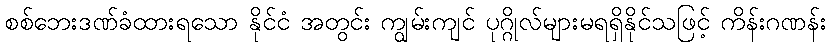
စစ်ဘေးဒဏ်ခံထားရသော နိုင်ငံ အတွင်း ကျွမ်းကျင် ပုဂ္ဂိုလ်များမရရှိနိုင်သဖြင့် ကိန်းဂဏန်း